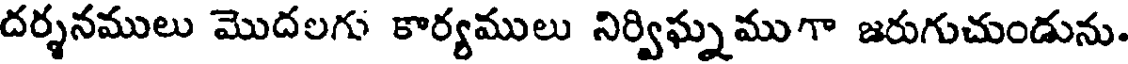
దర్శనములు మొదలగు కార్యములు నిర్విఘ్నముగా జరుగుచుండును.